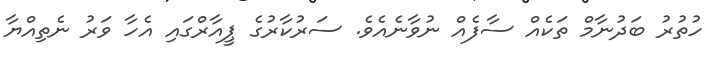
ހުތުރު ބަދުނާމް ތަކެއް ސާފެއް ނުވާނެއެވެ. ސަރުކާރުގެ ޕީއާރްގައި އެހާ ވަރު ނެތިއްޔާ